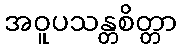
အဝူပသန္တစိတ္တာ